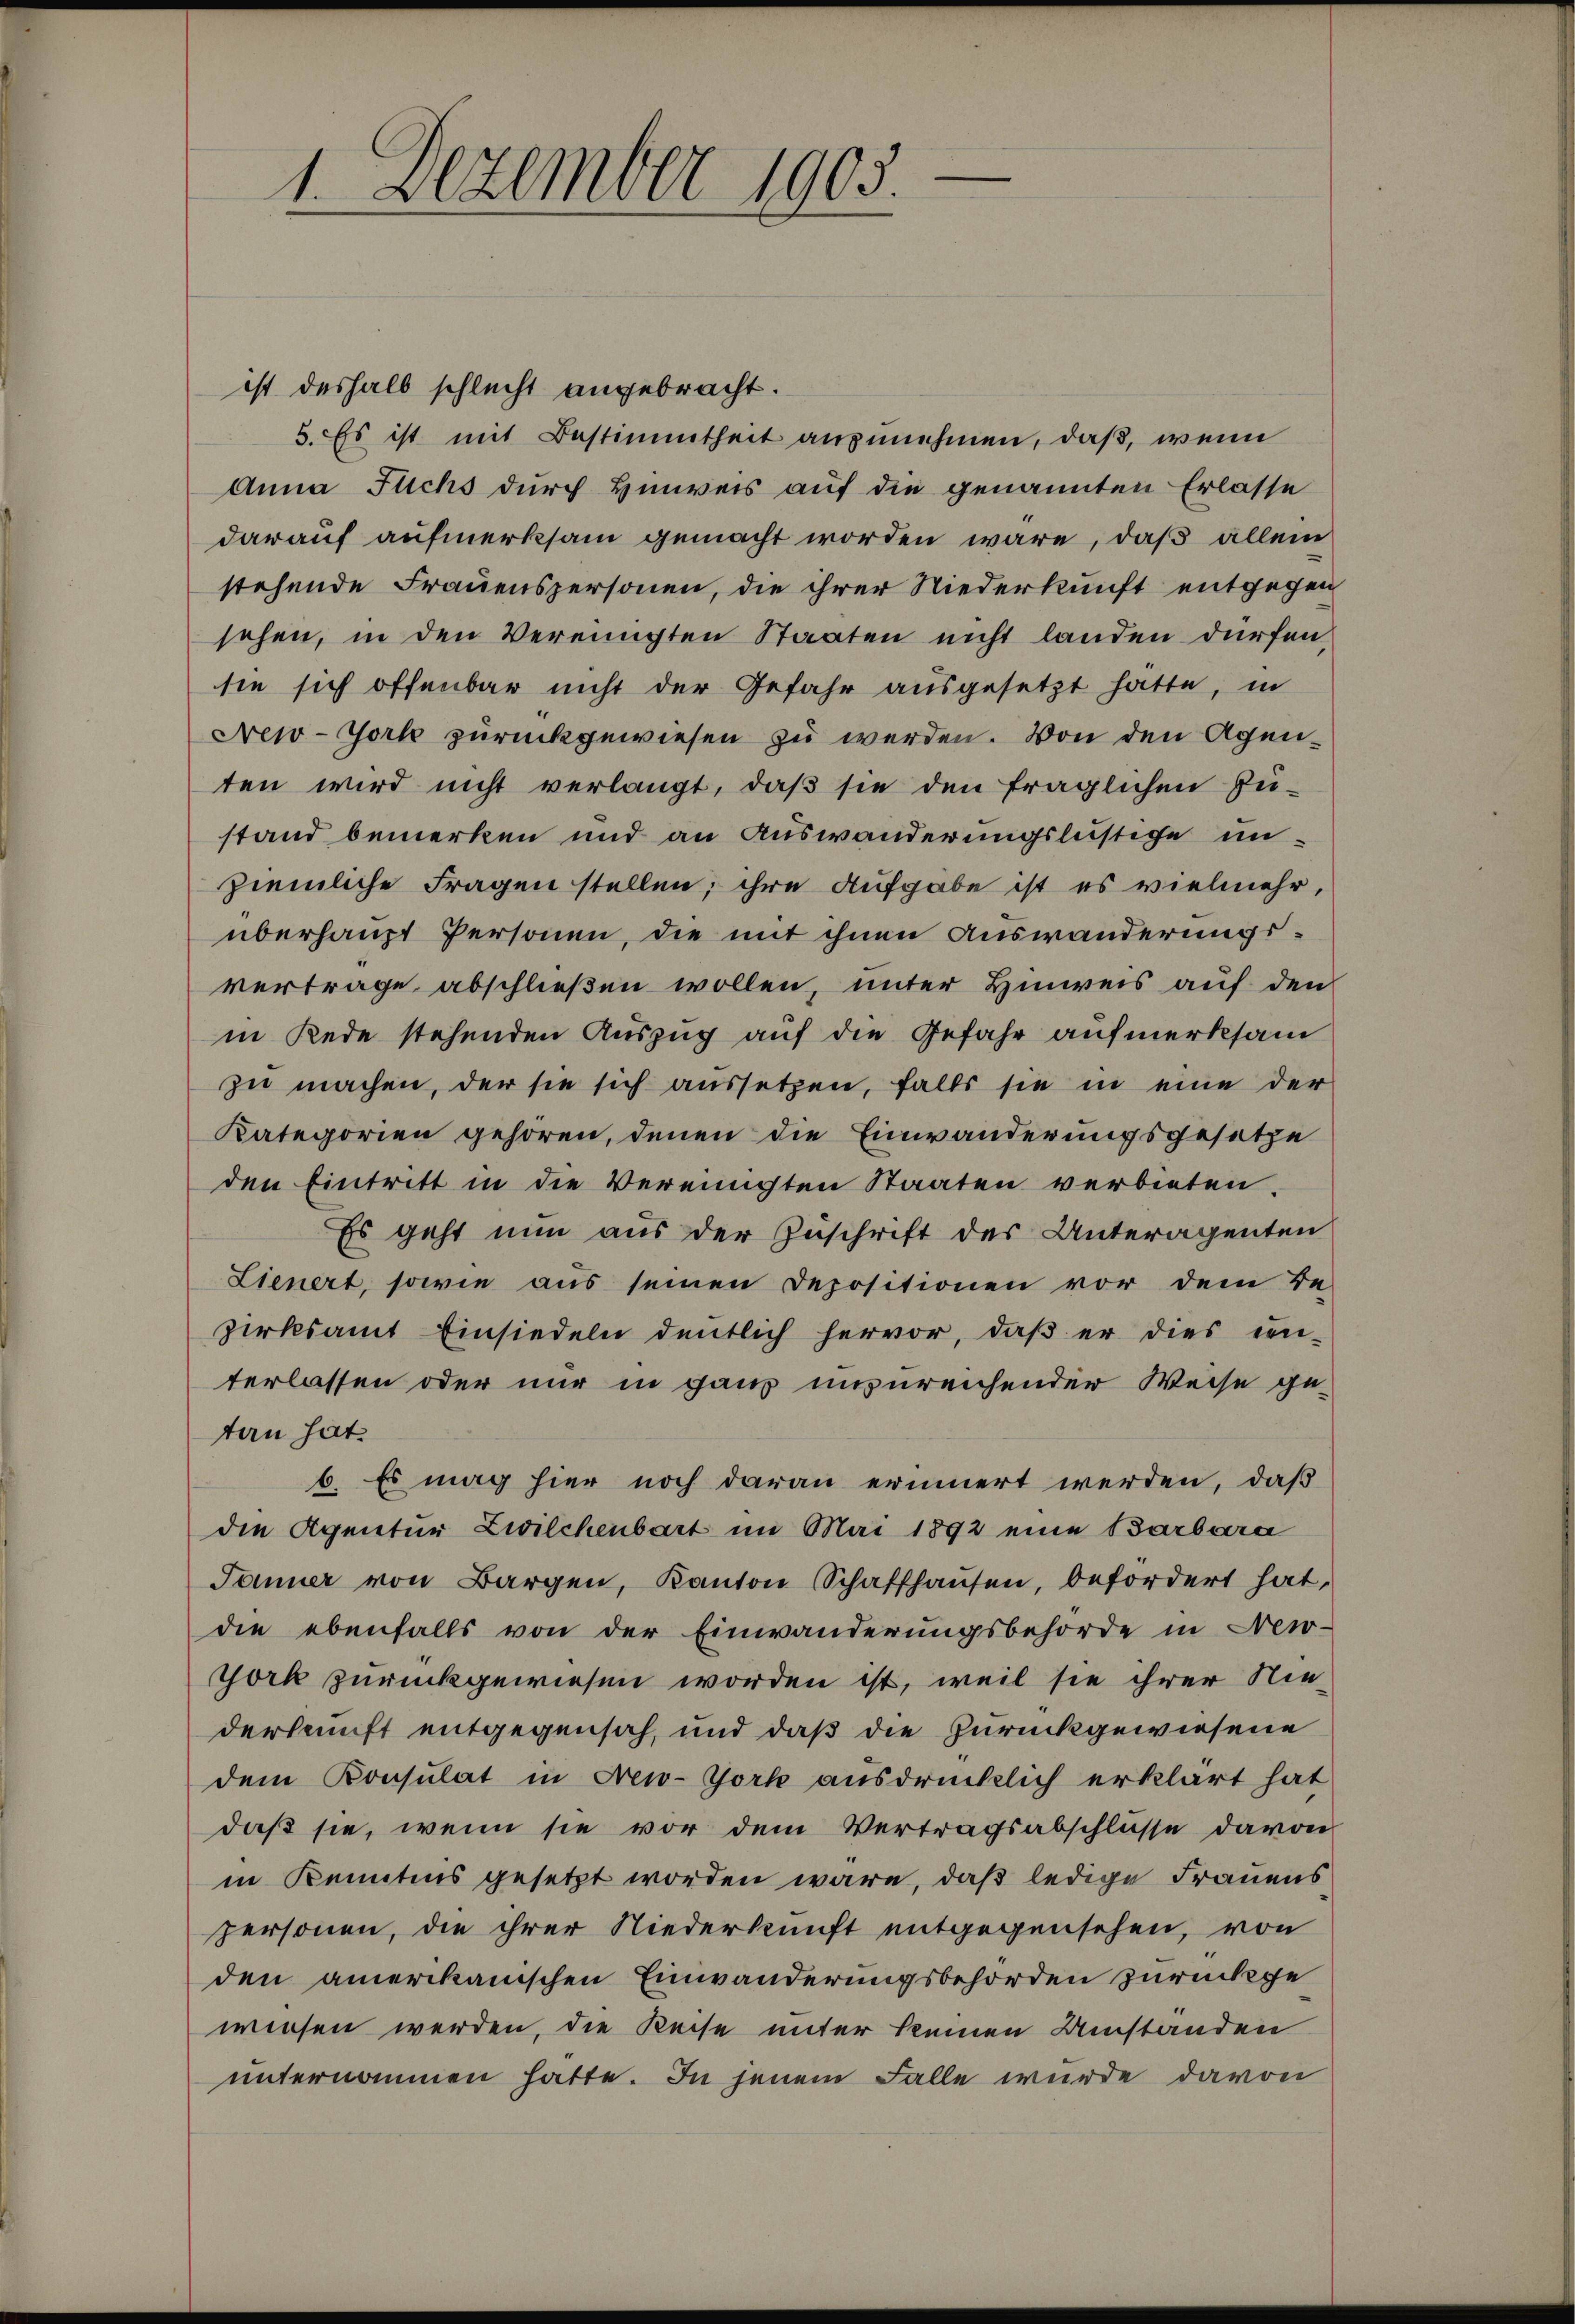
9
1. Dezember 1903.

ist deshalb schlecht angebracht.
5. Es ist mit Bestimmtheit anzunehmen, daß, wenn
Anna Fuchs durch Hinweis auf die genannten Erlasse
darauf aufmerksam gemacht worden wäre, daß allein
stehende Frauenspersonen, die ihrer Niederkunft entgegen
sehen, in den Vereinigten Staaten nicht landen dürfen,
sie sich offenbar nicht der Gefahr ausgesetzt hätte, in
New-York zurückgewiesen zu werden. Von den Agenten wird nicht verlangt, daß sie den fraglichen Zu-
stand bemerken und an Auswanderungslustiche unziemliche Fragen stellen; ihre Aufgabe ist es vielmehr,
überhaupt Personen, die mit ihnen Auswanderungsvertrage abschließen wollen, unter Hinweis auf den
in Rede stehenden Auszug auf die Gefahr aufmerksam
zu machen, der sie sich aussetzen, falls sie in eine der
Kategorien gehören, denen die Einwänderungsgesetze
den Eintritt in die Vereinigten Staaten verbieten.
Es geht nun aus der Zuschrift des Unteragenten
Lienert, sowie aus seinen Depositionen vor dem Be-
zirksamt Einsiedeln deutlich hervor, daβ er dies ein-
terlassen oder nur in ganz unzureichender Weise ge-
tan hat.
6. Es mag hier noch daran erinnert werden, daß
die Agentur Zwilchenbart im Mai 1892 eine Barbara
Janer von Bargen, Kanton Schaffhausen, befordert hat,
die ebenfalls von der Einwanderungsbehörde in New-
York zurückgewiesen worden ist, weil sie ihrer Nie-
derkunft entgegensah, und daß die Zurückgewiesene
dem Consulat in New-York ausdrücklich erklärt hat
daß sie, wenn sie vor dem Vertragsabschlüsse davon
in Kenntens gesetzt worden wäre, daß ledige Frauens
personen, die ihrer Niederkunft entgegensehen, von
den amerikanischen Einwanderungsbehörden zurückgewiesen werden, die Keise unter keinen Umstanden
unternommen hatte. In jenem Falle wurde davon